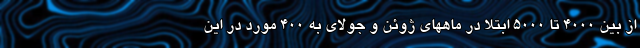
از بین 4000 تا 5000 ابتلا در ماههای ژوئن و جولای به 400 مورد در این